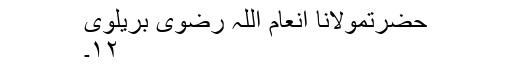
حضرتمولانا انعام اللہ رضوی بریلوی
۱۲۔